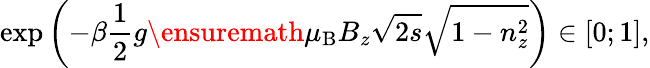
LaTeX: \exp\left(-\beta\frac{1}{2}g{\ensuremath{\mu_{\mathrm{B}}}}B_{z}\sqrt{2s}\sqrt{1-n_{z}^{2}}\right)\in[0;1],